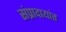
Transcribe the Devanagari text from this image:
संप्रादायांत